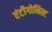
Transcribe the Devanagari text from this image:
एंटीगोनिस्ट